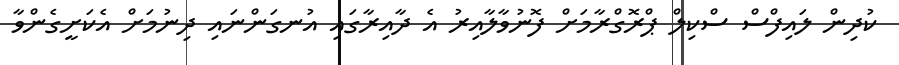
ކުދިން ލައިފްސް ސްކިލް ޕްރޮގްރާމަށް ފޮނުވާލާއިރު އެ ދާއިރާގައި އުނގަންނައި ދިނުމަށް އެކަށީގެންވާ